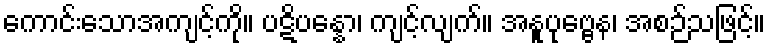
ကောင်းသောအကျင့်ကို။ ပဋိပန္နော၊ ကျင့်လျက်။ အနူပုဗ္ဗေန၊ အစဉ်သဖြင့်။